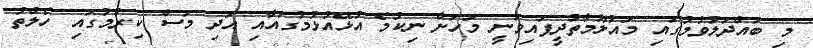
މި ބައްދަލުވުމުގައި މައުލޫމާތުދީފައިވަނީ މަހަށް ނިކުމެ އުޅޭއުޅުމުގައާއި އަދި މަސް ކިރުމުގައި ހެލްތު